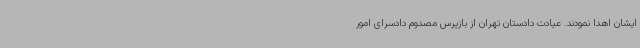
ایشان اهدا نمودند. عیادت دادستان تهران از بازپرس مصدوم دادسرای امور